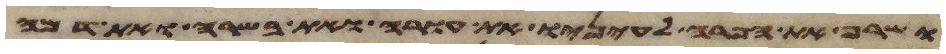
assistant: ושרף את הפרה לעיניו את עורה ואת בשרה ואת דמה